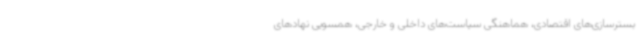
بسترسازی‌های اقتصادی، هماهنگی سیاست‌های داخلی و خارجی، همسویی نهادهای